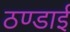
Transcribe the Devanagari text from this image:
ठण्डाई